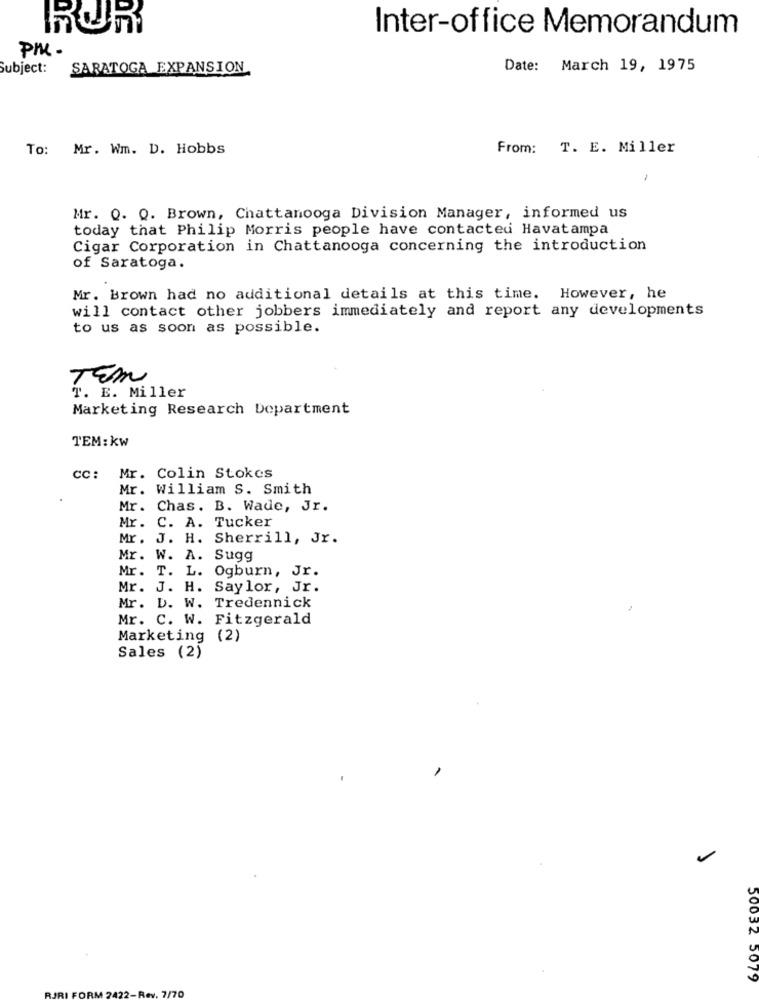
RUR
Inter-office Memorandum
PM -
Subject:
SARATOGA EXPANSION
Date: March 19, 1975
To: Mr. Wm. D. Hobbs
From: T. E. Miller
Mr. Q. Q. Brown, Chattanooga Division Manager, informed us
today that Philip Morris people have contacted Havatampa
Cigar Corporation in Chattanooga concerning the introduction
of Saratoga.
Mr. Brown had no additional details at this time. However, he
will contact other jobbers immediately and report any developments
to us as soon as possible.
TEM
". E. Miller
Marketing Research Department
TEM: kw
cc:
Mr. Colin Stokes
Mr. William S. Smith
Mr. Chas. B. Wade, Jr.
Mr. C. A. Tucker
Mr. J. H. Sherrill, Jr.
Mr. W. A. Sugg
Mr. T. L. Ogburn, Jr.
Mr. J. H. Saylor, Jr.
Mr. D. W. Tredennick
Mr. C. W. Fitzgerald
Marketing (2)
Sales (2)
50032 5079